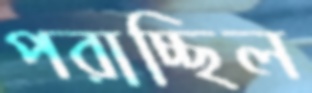
পরাচ্ছিল